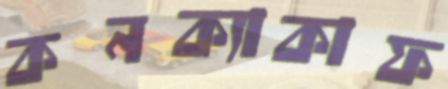
কনক্যাকাফ